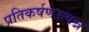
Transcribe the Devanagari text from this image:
प्रतिकर्षणउत्पन्न